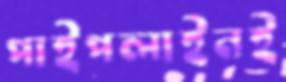
পাইপলাইনই